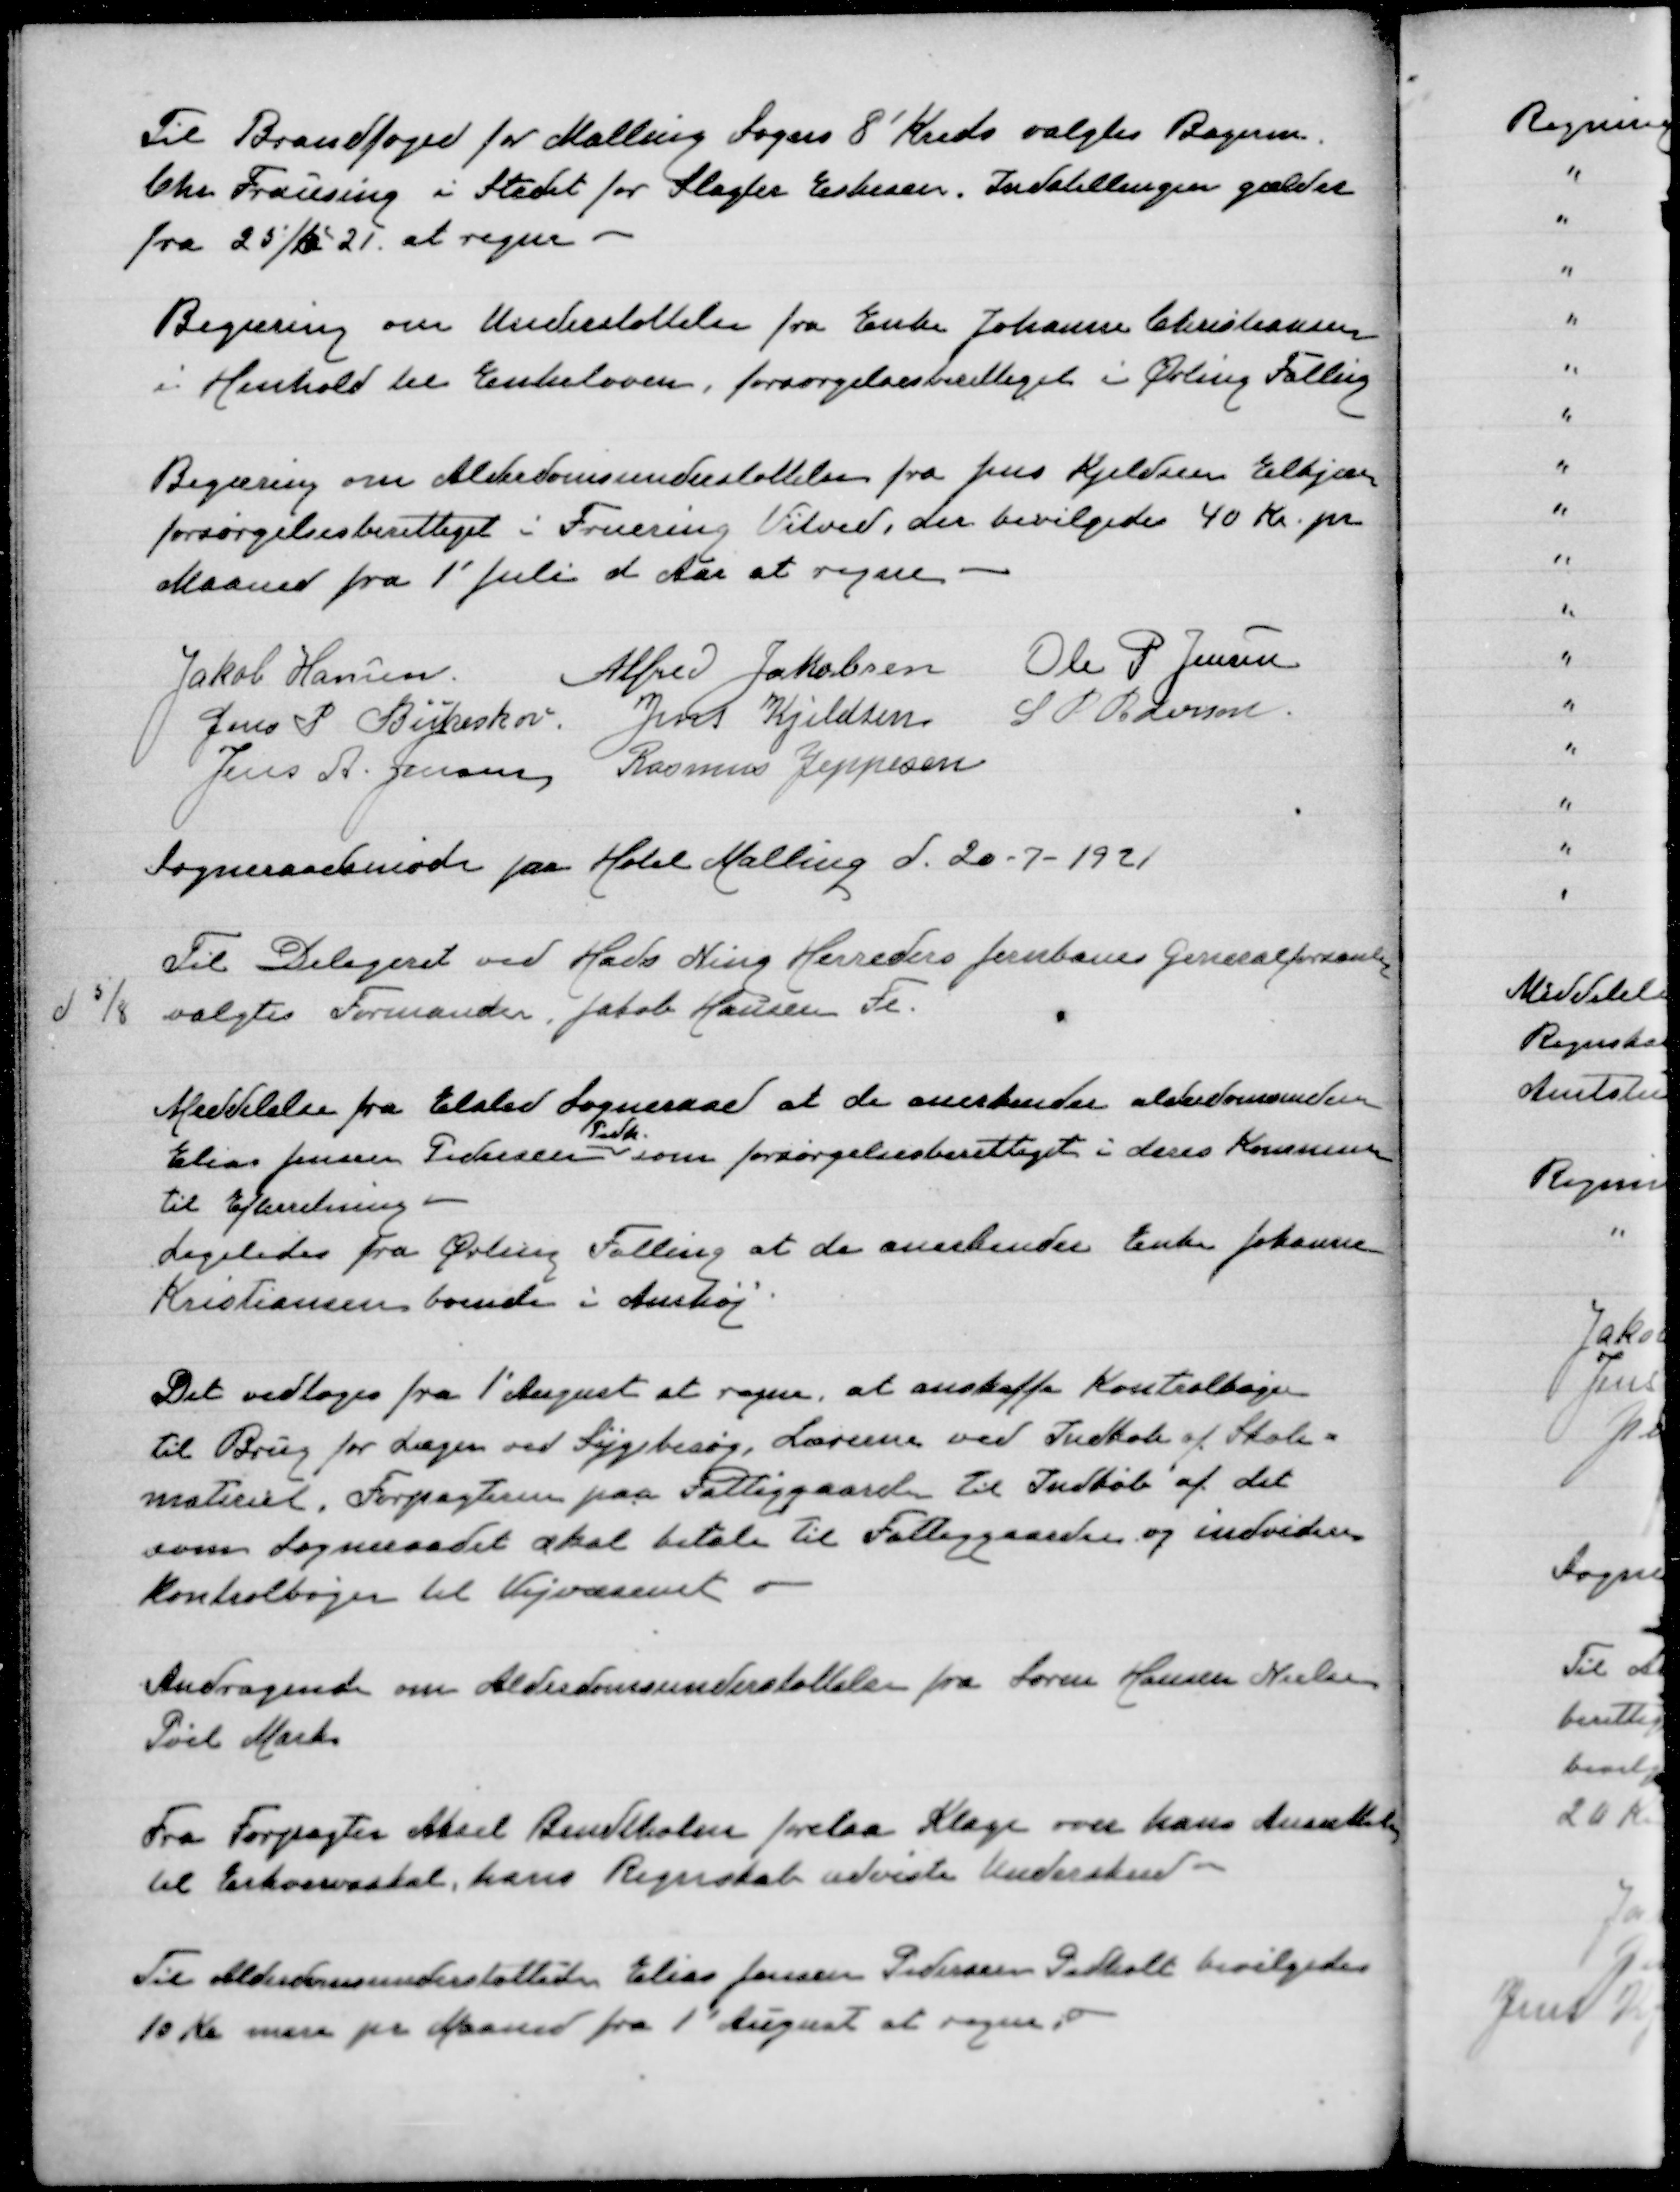
Transskription:
Til Brandfoged for Malling Sogns 8' Kreds valgtes Bagerm
Chr Frausing i Stedet for Slagter Eskesen. Indstillingen gælder
fra 25/6-21 at regne

Begæring om Understøttelse fra Enke Johanne Christiansen
i Henhold til Enkeloven, forsørgelsesberettiget i Ørting Falling

Begæring om Alderdomsunderstøttelse fra Jens Kjeldsen Elkjær
forsørgelsesberettiget i Fruering Vitved, der bevilgedes 40 Kr pr
Maaned fra 1' Juli d Aar at regne

Jakob Hansen
Alfred Jakobsen
Ole P Jensen
Jens P Birkeskov
Jens Kjeldsen
S P Pedersen
Jens A Jensen
Rasmus Jeppesen

Sogneraadsmøde paa Hotel Malling d 20-7-1921

Til Delegeret ved Hads Ning Hereders Jernbanes Generalforsamling
d 5/8 valgtes FormandenJakob Hansen Fl

Meddelelse fra Elsted Sogneraad at de anerkender alderdomsxxder
Pedh
Elias Jensen Pedersen som forsørgelsesberettiget i deres Kommune
til Efterretning
Ligeledes fra Ørting Falling at de anerkender Enke Johanne
Kristiansen boende i Amhøj

Det vedtoges fra 1'August at regne, at anskaffe Kontrolbøger
til Brug for Lægen ved Sygebesøg, Lærerne ved Indkøb af Skole=
materiel, Forpagteren paa Fattiggaarden til Indkøb af det
som Sogneraadet skal betale til Fattiggaarden og indvidere
Kontrolbøger til Vejvæsenet

Andragende om Alderdomsunderstøttelse fra Søren Hansen Nielsen
Pøel Mark

Fra Forpagter Aksen Bendtholm forelaa Klage over hans Ansættelse
til Erhvervsraadet, hans Regnskab udviste Underskud

Til Alderdomsunderstøttede Elias Jensen Pedersen Pedholt bevilgedes
10 Kr mere pr Maaned fra 1'August at regne